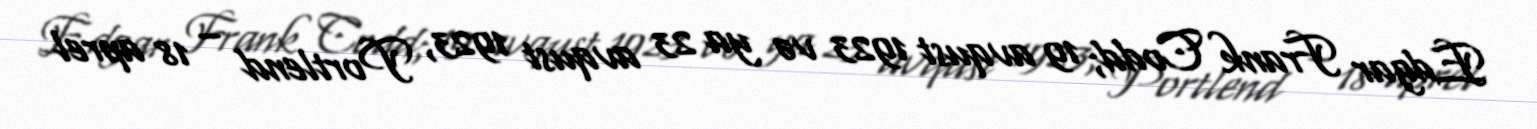
Edgar Frank Codd; 19 avqust 1923 və ya 23 avqust 1923, Portlend – 18 aprel